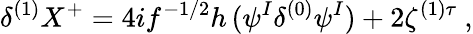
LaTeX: \delta^{(1)}X^{+}=4if^{-1/2}h\, (\psi^{I}\delta^{(0)}\psi^{I})+2\zeta^{(1)\tau}~,